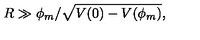
R \gg \phi _ { m } / \sqrt { V ( 0 ) - V ( \phi _ { m } ) } ,